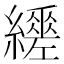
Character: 𦇈